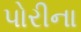
પોરીના